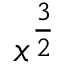
x ^ { \frac { 3 } { 2 } }